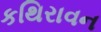
કથિરાવન